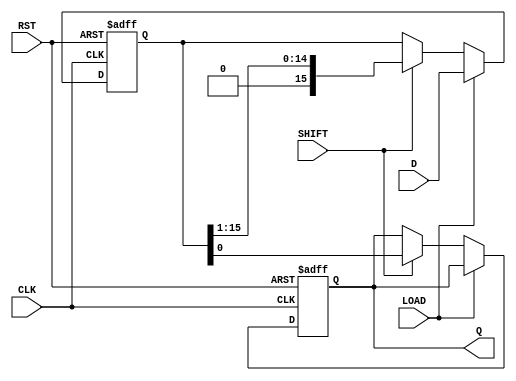
module PISO_Register (
    input wire [15:0] D,      // 16-bit parallel input data
    input wire LOAD,          // Load control signal
    input wire SHIFT,         // Shift control signal
    input wire CLK,           // Clock signal
    input wire RST,           // Asynchronous reset signal
    output reg Q              // Serial output
);

    reg [15:0] shift_reg;     // 16-bit shift register

    always @(posedge CLK or posedge RST) begin
        if (RST) begin
            shift_reg <= 16'b0; // Reset the register to 0
            Q <= 1'b0;          // Reset the output to 0
        end else begin
            if (LOAD) begin
                shift_reg <= D; // Load data into the shift register
            end else if (SHIFT) begin
                Q <= shift_reg[0]; // Output the LSB
                shift_reg <= shift_reg >> 1; // Shift right
            end
        end
    end

endmodule